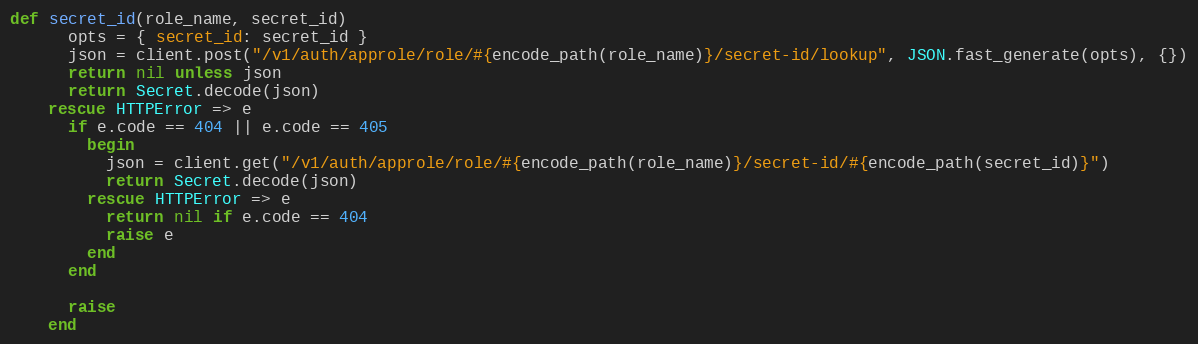
Language: Ruby
def secret_id(role_name, secret_id)
      opts = { secret_id: secret_id }
      json = client.post("/v1/auth/approle/role/#{encode_path(role_name)}/secret-id/lookup", JSON.fast_generate(opts), {})
      return nil unless json
      return Secret.decode(json)
    rescue HTTPError => e
      if e.code == 404 || e.code == 405
        begin
          json = client.get("/v1/auth/approle/role/#{encode_path(role_name)}/secret-id/#{encode_path(secret_id)}")
          return Secret.decode(json)
        rescue HTTPError => e
          return nil if e.code == 404
          raise e
        end
      end

      raise
    end